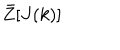
\bar { Z } [ J ( k ) ]